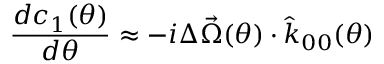
\frac { d c _ { 1 } ( \theta ) } { d \theta } \approx - i \Delta \vec { \Omega } ( \theta ) \cdot \hat { k } _ { 0 0 } ( \theta )